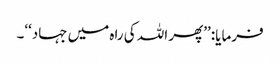
فرمایا: ’’پھر اللہ کی راہ میں جہاد‘‘۔